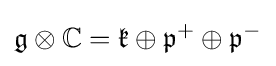
{\mathfrak {g}}\otimes \mathbb {C} ={\mathfrak {k}}\oplus {\mathfrak {p}}^{+}\oplus {\mathfrak {p}}^{-}